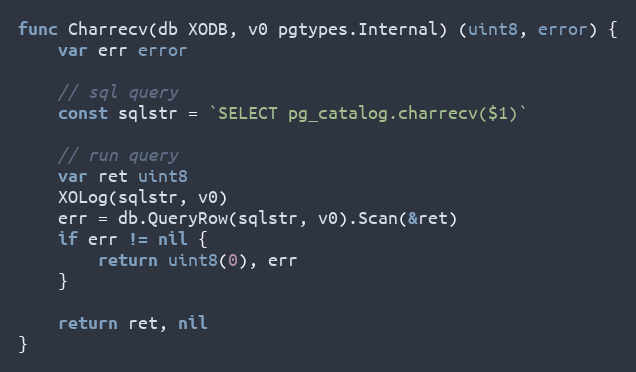
Language: Go
func Charrecv(db XODB, v0 pgtypes.Internal) (uint8, error) {
	var err error

	// sql query
	const sqlstr = `SELECT pg_catalog.charrecv($1)`

	// run query
	var ret uint8
	XOLog(sqlstr, v0)
	err = db.QueryRow(sqlstr, v0).Scan(&ret)
	if err != nil {
		return uint8(0), err
	}

	return ret, nil
}